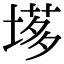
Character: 𡏗